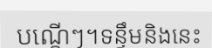
បណ្តើៗ។ទន្ទឹមនិងនេះ